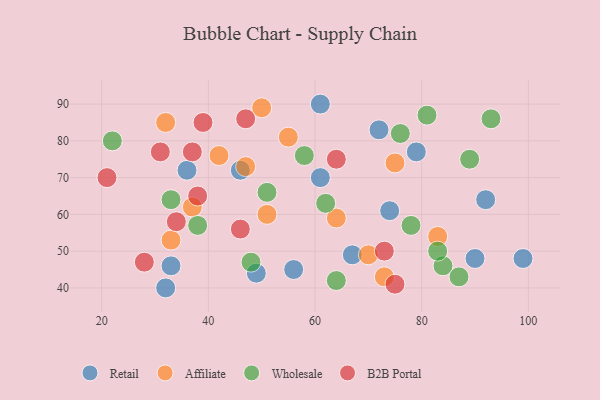
{"axis": {"x": "GDP", "y": "Life Expectancy"}, "legend": ["Affiliate", "B2B Portal", "Retail", "Wholesale"], "data": [{"x": "49", "y": 44, "type": "Retail"}, {"x": "79", "y": 77, "type": "Retail"}, {"x": "36", "y": 72, "type": "Retail"}, {"x": "90", "y": 48, "type": "Retail"}, {"x": "92", "y": 64, "type": "Retail"}, {"x": "61", "y": 70, "type": "Retail"}, {"x": "72", "y": 83, "type": "Retail"}, {"x": "46", "y": 72, "type": "Retail"}, {"x": "74", "y": 61, "type": "Retail"}, {"x": "32", "y": 40, "type": "Retail"}, {"x": "56", "y": 45, "type": "Retail"}, {"x": "33", "y": 46, "type": "Retail"}, {"x": "99", "y": 48, "type": "Retail"}, {"x": "61", "y": 90, "type": "Retail"}, {"x": "67", "y": 49, "type": "Retail"}, {"x": "50", "y": 89, "type": "Affiliate"}, {"x": "33", "y": 53, "type": "Affiliate"}, {"x": "70", "y": 49, "type": "Affiliate"}, {"x": "32", "y": 85, "type": "Affiliate"}, {"x": "51", "y": 60, "type": "Affiliate"}, {"x": "55", "y": 81, "type": "Affiliate"}, {"x": "47", "y": 73, "type": "Affiliate"}, {"x": "75", "y": 74, "type": "Affiliate"}, {"x": "73", "y": 43, "type": "Affiliate"}, {"x": "83", "y": 54, "type": "Affiliate"}, {"x": "64", "y": 59, "type": "Affiliate"}, {"x": "42", "y": 76, "type": "Affiliate"}, {"x": "37", "y": 62, "type": "Affiliate"}, {"x": "81", "y": 87, "type": "Wholesale"}, {"x": "84", "y": 46, "type": "Wholesale"}, {"x": "48", "y": 47, "type": "Wholesale"}, {"x": "22", "y": 80, "type": "Wholesale"}, {"x": "78", "y": 57, "type": "Wholesale"}, {"x": "62", "y": 63, "type": "Wholesale"}, {"x": "89", "y": 75, "type": "Wholesale"}, {"x": "33", "y": 64, "type": "Wholesale"}, {"x": "93", "y": 86, "type": "Wholesale"}, {"x": "76", "y": 82, "type": "Wholesale"}, {"x": "64", "y": 42, "type": "Wholesale"}, {"x": "38", "y": 57, "type": "Wholesale"}, {"x": "83", "y": 50, "type": "Wholesale"}, {"x": "58", "y": 76, "type": "Wholesale"}, {"x": "51", "y": 66, "type": "Wholesale"}, {"x": "87", "y": 43, "type": "Wholesale"}, {"x": "28", "y": 47, "type": "B2B Portal"}, {"x": "64", "y": 75, "type": "B2B Portal"}, {"x": "75", "y": 41, "type": "B2B Portal"}, {"x": "31", "y": 77, "type": "B2B Portal"}, {"x": "38", "y": 65, "type": "B2B Portal"}, {"x": "73", "y": 50, "type": "B2B Portal"}, {"x": "21", "y": 70, "type": "B2B Portal"}, {"x": "34", "y": 58, "type": "B2B Portal"}, {"x": "47", "y": 86, "type": "B2B Portal"}, {"x": "39", "y": 85, "type": "B2B Portal"}, {"x": "46", "y": 56, "type": "B2B Portal"}, {"x": "37", "y": 77, "type": "B2B Portal"}]}